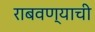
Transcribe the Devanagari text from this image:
राबवण्याची